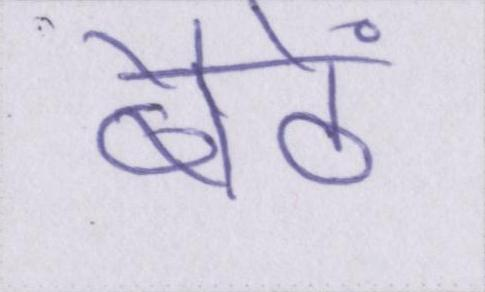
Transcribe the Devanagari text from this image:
बैठें